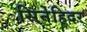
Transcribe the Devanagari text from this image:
सिनेहिदर